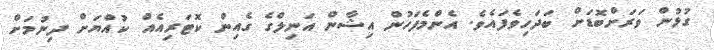
ގުޅުން ވަރަށްބޮޑަށް ބަދަހިވެފައެވެ. އެންމެފަހުން އިޝާން އަނިލްގެ ގެއިން ކޮޓަރިއެއް ކުއްޔަށް ދިނުމަށް